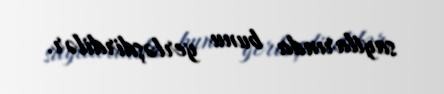
saytlarında bunu yerləşdirdilər.